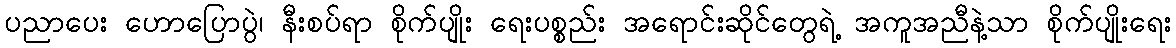
ပညာပေး ဟောပြောပွဲ၊ နီးစပ်ရာ စိုက်ပျိုး ရေးပစ္စည်း အရောင်းဆိုင်တွေရဲ့ အကူအညီနဲ့သာ စိုက်ပျိုးရေး